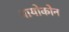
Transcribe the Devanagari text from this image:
बायोकोन